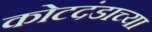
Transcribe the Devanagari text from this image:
कोटदंडाच्या